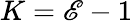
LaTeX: K=\mathscr{E}-1